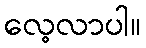
လေ့လာပါ။